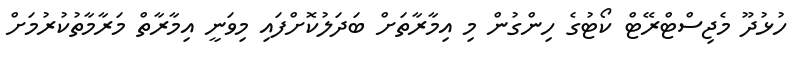
ހުޅުދޫ މެޖިސްޓްރޭޓް ކޯޓުގެ ހިންގުން މި އިމާރާތަށް ބަދަލުކޮށްފައި މިވަނީ އިމާރާތް މަރާމާތުކުރުމަށް